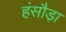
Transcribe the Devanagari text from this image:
हंसौड़ा